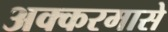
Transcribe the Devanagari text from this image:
अक्करमासे